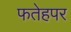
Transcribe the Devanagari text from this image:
फतेहपर